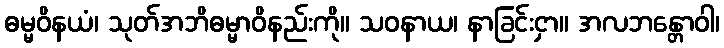
ဓမ္မဝိနယံ၊ သုတ်အဘိဓမ္မာဝိနည်းကို။ သဝနာယ၊ နာခြင်းငှာ။ အလဘန္တောဝါ၊